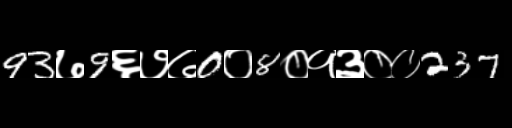
Text: 93७9६७७0०8०१३००237